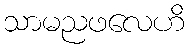
သာမညဖလေဟိ